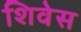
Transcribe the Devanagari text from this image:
शिवेस